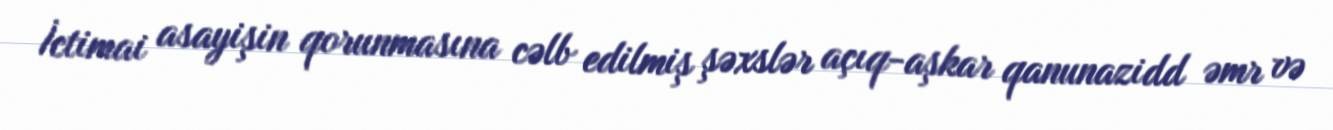
İctimai asayişin qorunmasına cəlb edilmiş şəxslər açıq-aşkar qanunazidd əmr və